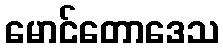
မောင်တောဒေသ